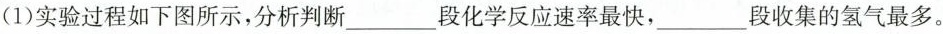
(1)实验过程如下图所示，分析判断___段化学反应速率最快，___段收集的氢气最多。